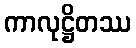
ကာလုဋ္ဌိတဿ